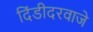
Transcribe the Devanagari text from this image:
दिंडीदरवाजे